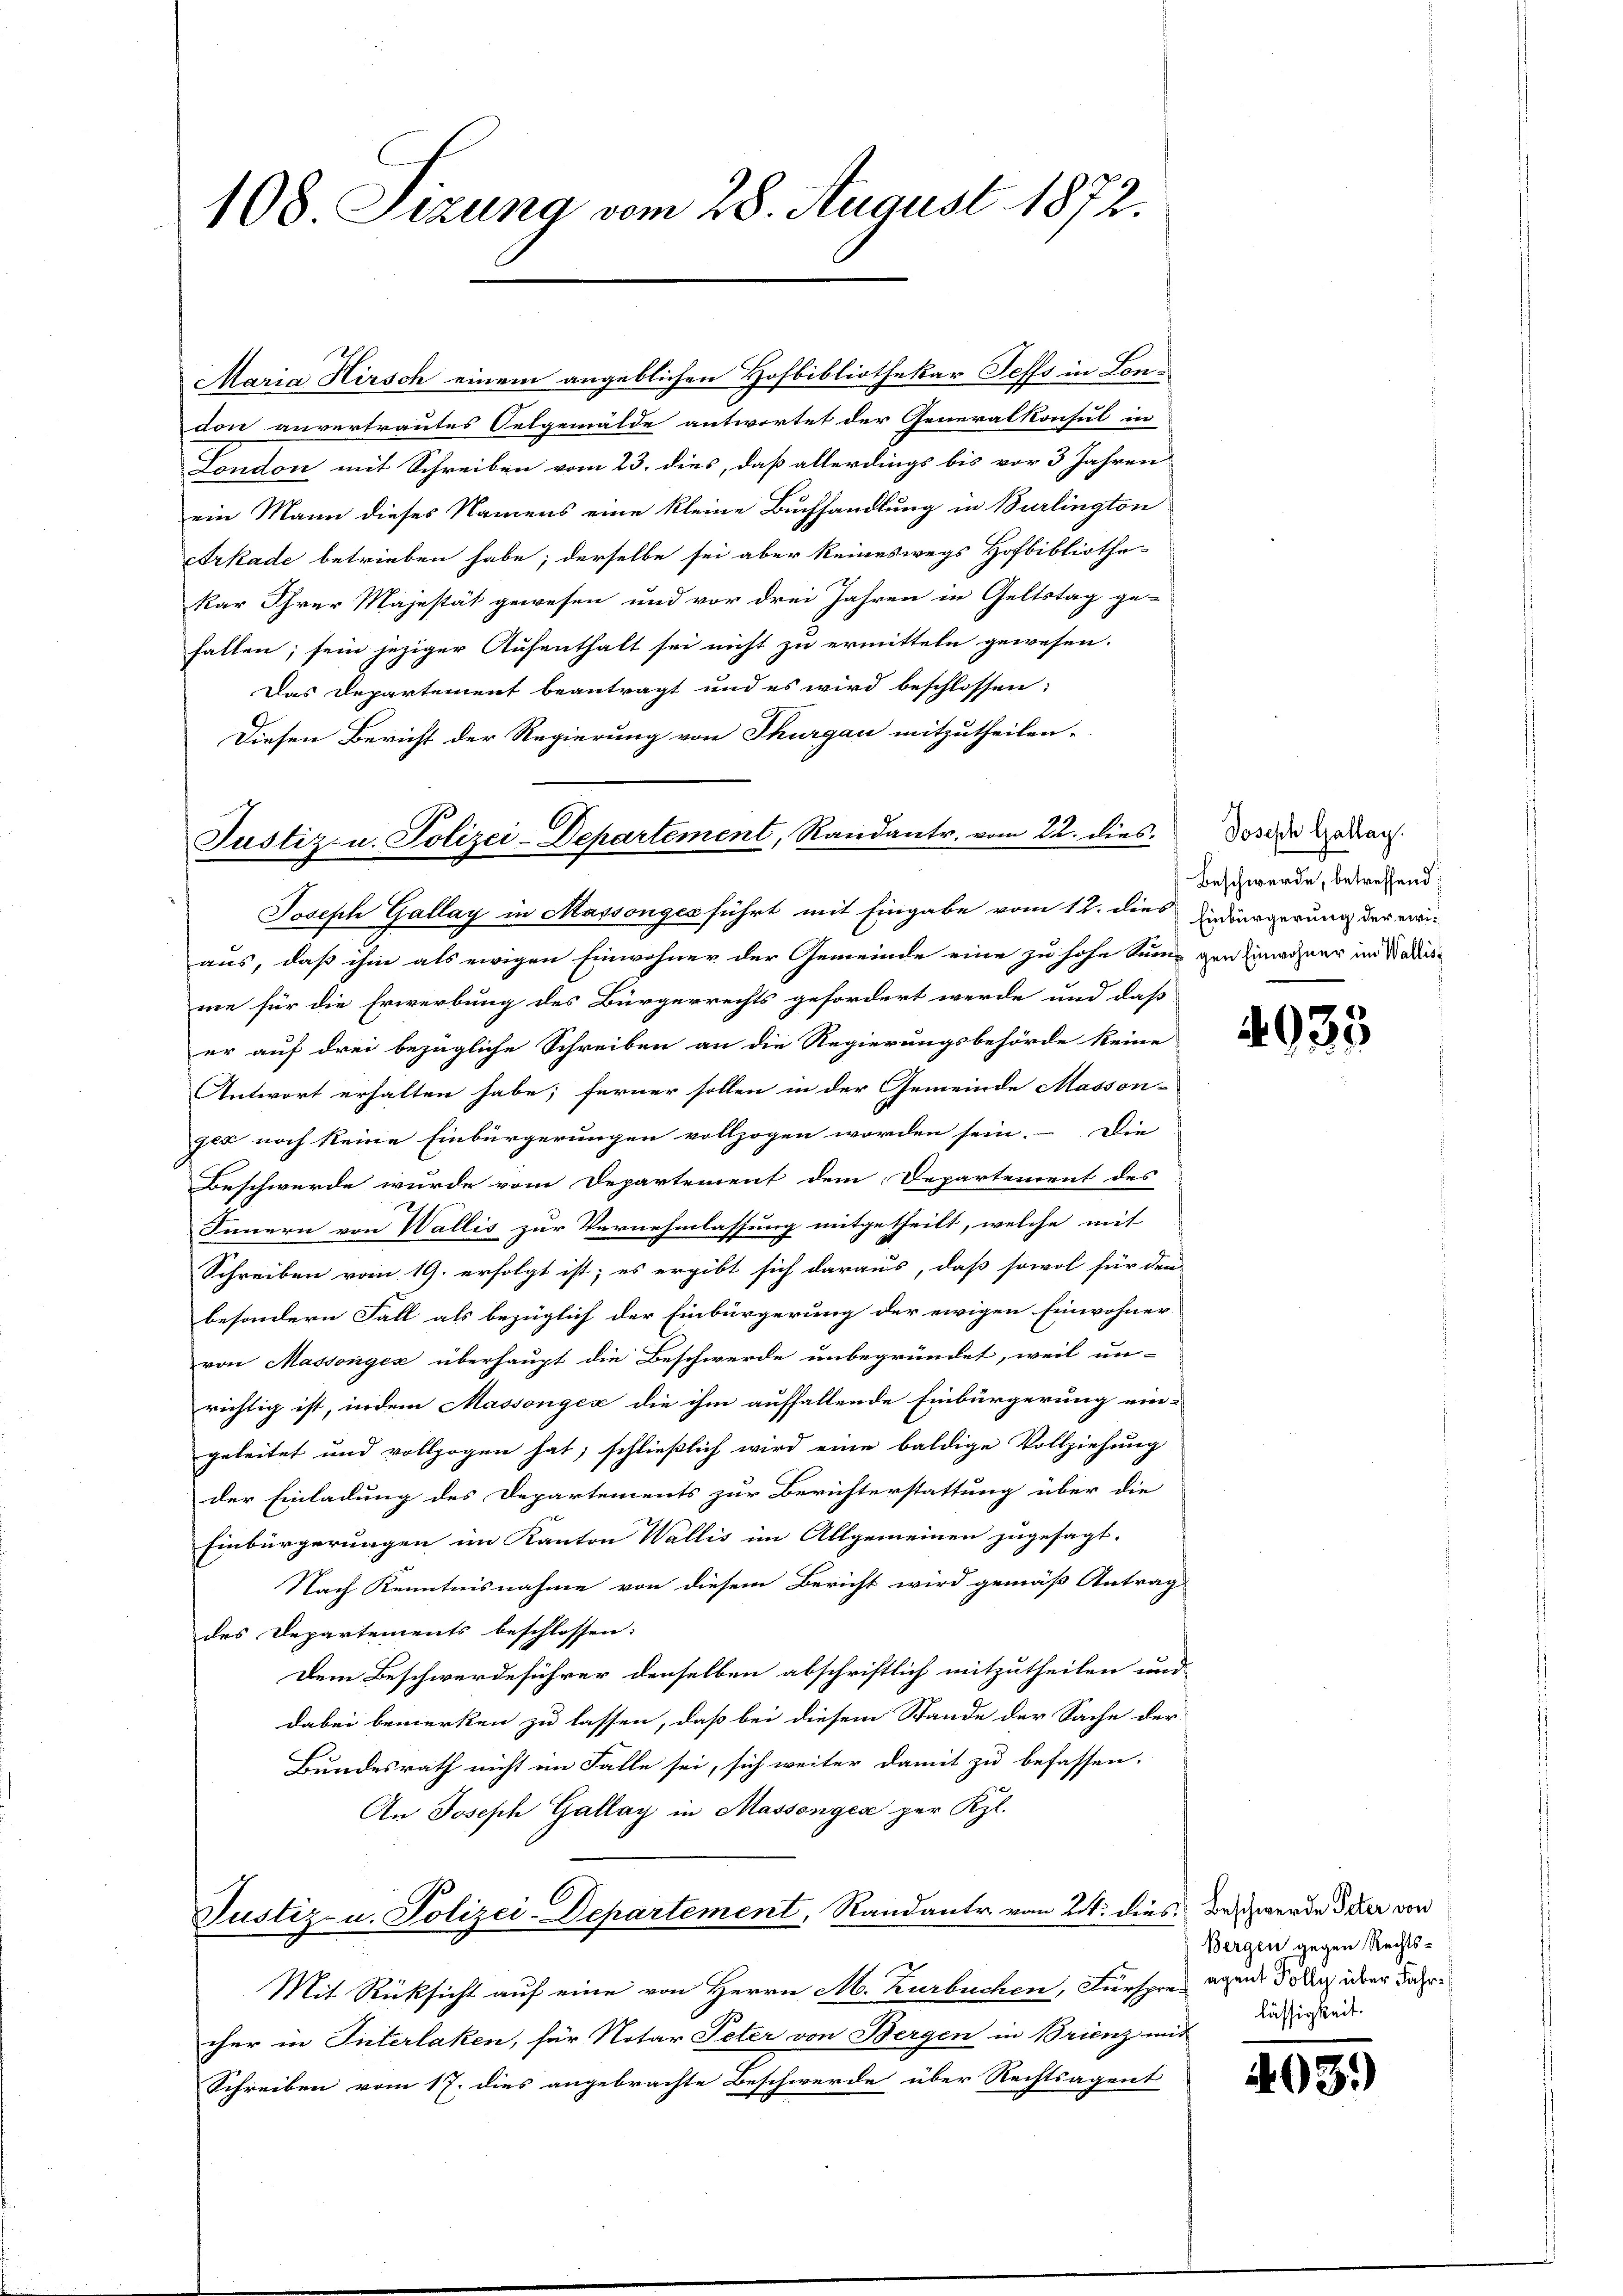
108. Sizung vom 28. August 1872.

Maria Hirsch einem angeblichen Hofbibliothekar Seffs in London anvertrautes Selgemälde antwortet der Generalkonsul in
London mit Schreiben vom 23. dies, daß allerdings bis vor 3 Jahren
ein Mann dieses Namens eine kleine Buchhandlung in Burlington
Arkade betrieben habe; derselbe sei aber keineswegs Hofbibliothe-
kar Ihrer Majestät gewesen und vor drei Jahren in Geltstag ge-
fallen, sein jeziger Aufenthalt sei nicht zu ermitteln gewesen.
Das Departement beantragt und es wird beschlossen:
Diesen Bericht der Regierung von Thurgau mitzutheilen.
Justiz- u. Polizei-Departement, Randantr. vom 22. dies

Joseph Gallay in Massonges führt mit Eingabe vom 12. die Einbürgerung der ergi¬

aus, daß ihm als ewigen Einwohner der Gemeinde eine zu hohe Sume gen Einwohner im Stadiese
me für die Erwerbung des Bürgerrechts gefordert werde und daß
er auf drei bezügliche Schreiben an die Regierungsbehörde keine
Antwort erhalten habe; ferner sollen in der Gemeinde Masson-
gex noch keine Einbürgerungen vollzogen worden sein. - Die
Beschwerde wurde vom Departement dem Departement des
Innern von Wallis zur Vernehmlassung mitgetheilt, welche mit
Schreiben vom 19. erfolgt ist; es ergibt sich daraus, daß sowol für den
besondern Fall als bezüglich der Einbürgerung der ewigen Einwohner
von Massongex überhaupt die Beschwerde unbegründet, weil un-
richtig ist, indem Massongex die ihm auffallende Einbürgerung ein-
geleitet und vollzogen hat; schließlich wird eine baldige Vollziehung
der Einladung des Departements zur Berichterstattung über die
Einbürgerungen im Kanton Wallis im Allgemeinen zugesagt.
Nach Kenntnisnahme von diesem Bericht wird gemäß Antrag
des Departements beschlossen:
Dem Beschwerdeführer denselben abschriftlich mitzutheilen und
dabei bemerken zu lassen, daß bei diesem Stande der Sache der
Bundesrath nicht im Falle sei, sich weiter damit zu befassen.
An Joseph Gallay in Massengese per Kgl.
Justiz- u. Polizei-Departement, Randantr. vom 24. dies Beschwerde der von
Mit Rücksicht auf eine von Herrn A. Kurbuchen, Fürspre agen Tode über Jahrcher in Interlaken, für Notar Peter von Bergen in Brienz mit
Schreiben vom 17. dies angebrachte Beschwerde über Rechtsagent

Joseph Gallay.
Beschwerde, betreffend:

4933

Bergen gegen Rechts-
lässigkeit.

403.)